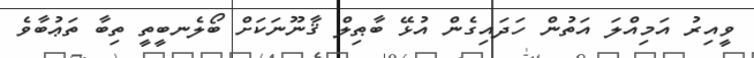
ވީއިރު އަމިއްލަ އަތުން ހަދައިގެން އުޅޭ ބާޠިލް ޤާނޫނަކަށް ބޯލެނބީތީ ތިބާ ތަޢުބާވެ